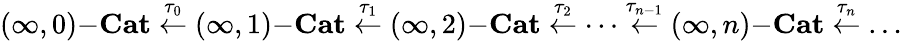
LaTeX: (\infty,0)\mathrm{-}\mathbf{Cat}\overset{\tau_{0}}{\leftarrow}(\infty,1)\mathrm{-}\mathbf{Cat}\overset{\tau_{1}}{\leftarrow}(\infty,2)\mathrm{-}\mathbf{Cat}\overset{\tau_{2}}{\leftarrow}\dots\overset{\tau_{n-1}}{\leftarrow}(\infty,n)\mathrm{-}\mathbf{Cat}\overset{\tau_{n}}{\leftarrow}\dots